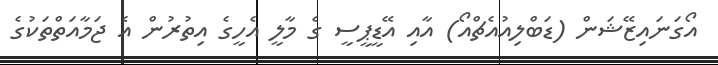
އޯގަނައިޒޭޝަން (ޑަބްލިއުއެޗްއޯ) އާއި އޭޑީޕީސީ ގެ މާލީ އެހީގެ އިތުރުން އެ ޖަމާއަތްތަކުގެ